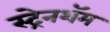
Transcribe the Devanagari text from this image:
स्ट्रेनशॅम